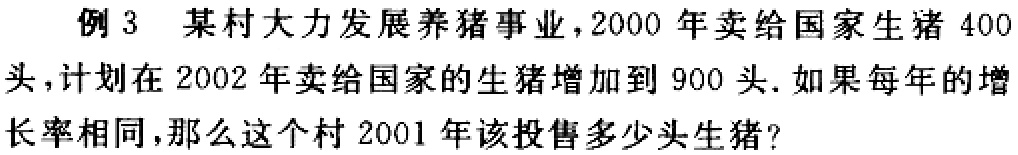
例 3 某村大力发展养猪事业，2000 年卖给国家生猪 400头，计划在 2002 年卖给国家的生猪增加到 900 头. 如果每年的增长率相同，那么这个村 2001 年该投售多少头生猪？